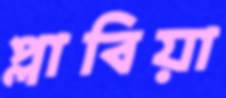
প্লাবিয়া